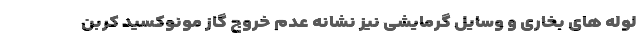
لوله های بخاری و وسایل گرمایشی نیز نشانه عدم خروج گاز مونوکسید کربن